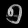
Digit: ၅